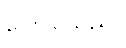
ပြောပြသည်။